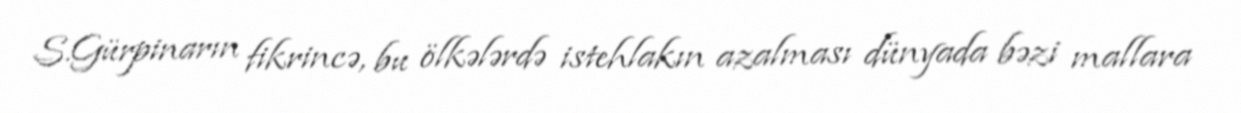
S.Gürpinarın fikrincə, bu ölkələrdə istehlakın azalması dünyada bəzi mallara